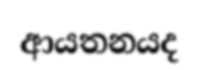
ආයතනයද